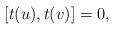
LaTeX: \begin{align*} [t(u),t(v)]=0,\end{align*}